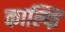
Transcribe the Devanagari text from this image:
काल्फि